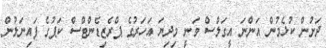
ދަށުން ކުޅެމުން އަންނަ އީގަލްސް ވަނީ މިދިޔަ އަހަރުގެ ޕްރެޒިޑެންޓްސް ކަޕުގެ ފައިނަލުން